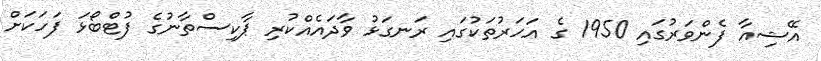
އޭޝިއާ ފެންވަރުގައި 1950 ގެ އަހަރުތަކުގައި ރަނގަޅު ވާދައެއްކުރި ޕާކިސްތާނުގެ ފުޓްބޯޅަ ފަހަކަށް